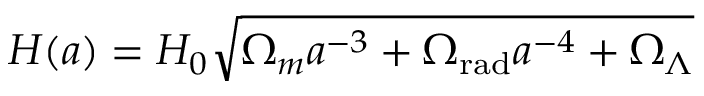
H ( a ) = H _ { 0 } { \sqrt { \Omega _ { m } a ^ { - 3 } + \Omega _ { \mathrm { r a d } } a ^ { - 4 } + \Omega _ { \Lambda } } }